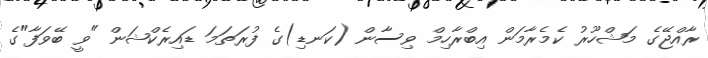
ރާއްޖޭގެ މަޝްހޫރު ކެމެރާމަން އިބްރާހިމް ވިސާން (ކަނޑި)ގެ ފުރަތަމަ ޑައިރެކްޝަން "ވީ ބޭވަފާ"ގެ